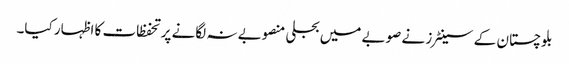
بلوچستان کے سینٹرز نے صوبے میں بجلی منصوبے نہ لگانے پر تحفظات کا اظہار کیا۔